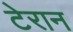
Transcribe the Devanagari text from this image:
टेरान